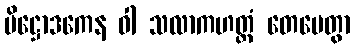
ပိဋ္ဌောဒကေန ဝါ သလာကဟတ္ထံ တေမေတွာ